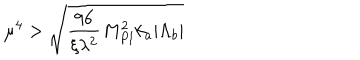
\mu ^ { 4 } > \sqrt { \frac { 9 6 } { \xi \lambda ^ { 2 } } M _ { P l } ^ { 2 } k _ { a } | \Lambda _ { b } | }